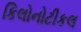
કિલોનોટીકલ